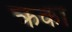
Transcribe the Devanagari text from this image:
क्रका